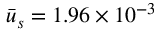
\bar { u } _ { s } = 1 . 9 6 \times { 1 0 ^ { - 3 } }